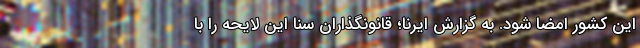
این کشور امضا شود. به گزارش ایرنا؛ قانونگذاران سنا این لایحه را با